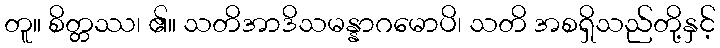
တူ။ စိတ္တဿ၊ ၏။ သတိအာဒိသမန္နာဂမောပိ၊ သတိ အစရှိသည်တို့နှင့်